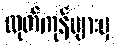
ထုတ်ကုန်များမှ